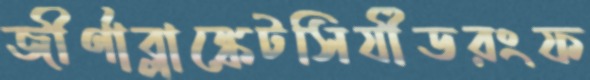
জীর্ণাব্লাঙ্কেটসির্যীডরংফ